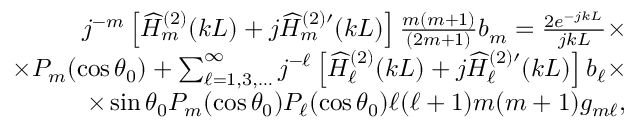
\begin{array} { r l r } { j ^ { - m } \left[ \widehat { H } _ { m } ^ { ( 2 ) } ( k L ) + j \widehat { H } _ { m } ^ { ( 2 ) \prime } ( k L ) \right] \frac { m ( m + 1 ) } { ( 2 m + 1 ) } b _ { m } = \frac { 2 e ^ { - j k L } } { j k L } \times } & { { } } & { } \\ { \times P _ { m } ( \cos \theta _ { 0 } ) + \sum _ { \ell = 1 , 3 , \ldots } ^ { \infty } j ^ { - \ell } \left[ \widehat { H } _ { \ell } ^ { ( 2 ) } ( k L ) + j \widehat { H } _ { \ell } ^ { ( 2 ) \prime } ( k L ) \right] b _ { \ell } \times } & { { } } & { } \\ { \times \sin \theta _ { 0 } P _ { m } ( \cos \theta _ { 0 } ) P _ { \ell } ( \cos \theta _ { 0 } ) \ell ( \ell + 1 ) m ( m + 1 ) g _ { m \ell } , } & { { } } & { } \end{array}